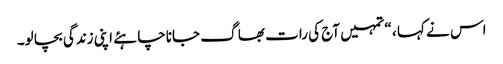
اس نے کہا ، “تمہیں آج کی رات بھا گ جاناچا ہئے اپنی زندگی بچا لو۔